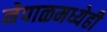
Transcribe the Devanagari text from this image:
नेपाळमध्येही